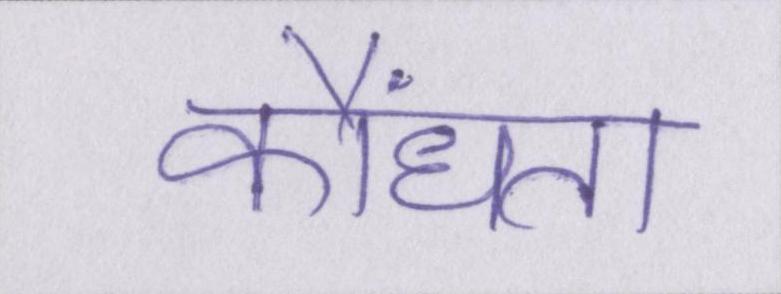
कौंधता